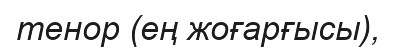
тенор (ең жоғарғысы),